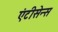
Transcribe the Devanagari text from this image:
एंटीसेन्स